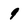
Character: 9